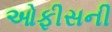
ઓફીસની